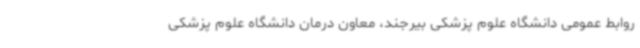
روابط عمومی دانشگاه علوم پزشکی بیرجند، معاون درمان دانشگاه علوم پزشکی